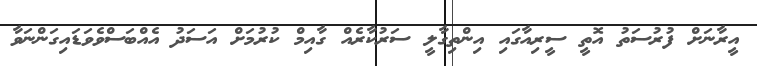
އީރާނަށް ފުރުސަތު އޮތީ ސީރިއާގައި އިންތިގާލީ ސަރުކާރެއް ގާއިމް ކުރުމަށް އަސަދު އެއްބަސްވެވަޑައިގަންނަވާ